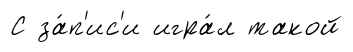
С за́п'ис'и игра́л такой